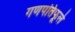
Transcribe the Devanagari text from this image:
गणपतिफूले